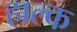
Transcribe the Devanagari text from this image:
हाल्क